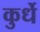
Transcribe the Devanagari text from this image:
कुर्धे